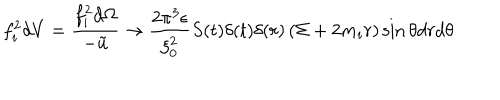
f _ { i } ^ { 2 } d V = \frac { f _ { i } ^ { 2 } d \Omega } { - \tilde { u } } \rightarrow \frac { 2 \pi ^ { 3 } \epsilon } { \xi _ { 0 } ^ { 2 } } S ( t ) \delta ( t ) \delta ( r ) \left( \Sigma + 2 m _ { i } r \right) \sin \theta d r d \theta